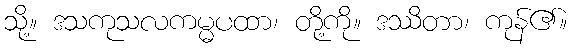
သို့။ ဒသကုသလကမ္မပထာ၊ တို့ကို။ ဒဿိတာ၊ ကုန်၏။